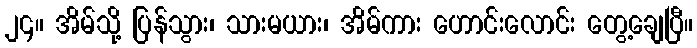
၂၄။ အိမ်သို့ ပြန်သွား၊ သားမယား၊ အိမ်ကား ဟောင်းလောင်း တွေ့ချေပြီ။